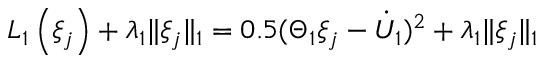
L _ { 1 } \left( \xi _ { j } \right) + \lambda _ { 1 } \| \xi _ { j } \| _ { 1 } = 0 . 5 ( \Theta _ { 1 } \xi _ { j } - { \dot { U } } _ { 1 } ) ^ { 2 } + \lambda _ { 1 } \| \xi _ { j } \| _ { 1 }